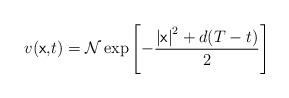
LaTeX: \begin{align*}v(\mathsf{x,}t)=\mathcal{N}\exp \left[ -\frac{\left\vert \mathsf{x}\right\vert ^{2}+d(T-t)}{2}\right] \end{align*}